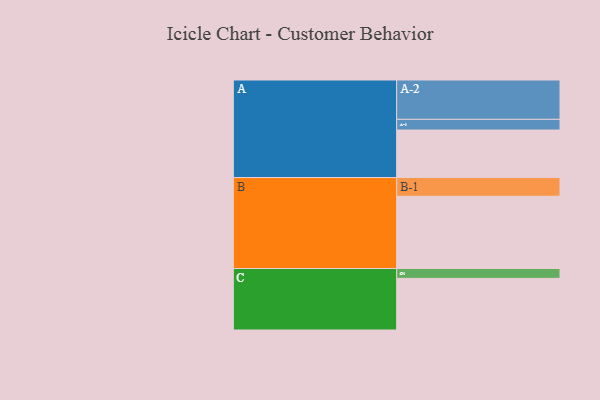
{"axis": {"x": "Segment", "y": "Value"}, "legend": ["", "A", "B", "C"], "data": [{"x": "A", "y": 332, "type": ""}, {"x": "B", "y": 505, "type": ""}, {"x": "C", "y": 361, "type": ""}, {"x": "A-1", "y": 75, "type": "A"}, {"x": "A-2", "y": 275, "type": "A"}, {"x": "B-1", "y": 131, "type": "B"}, {"x": "C-1", "y": 69, "type": "C"}]}